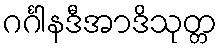
ဂင်္ဂါနဒီအာဒိသုတ္တ